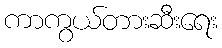
ကာကွယ်တားဆီးရေး